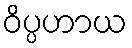
ဝိပ္ပဟာယ